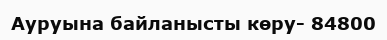
Ауруына байланысты көру- 84800